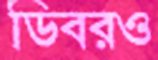
ডিবরও